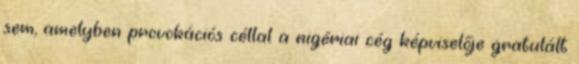
sem, amelyben provokációs céllal a nigériai cég képviselője gratulált